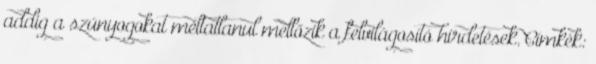
addig a szúnyogokat méltatlanul mellőzik a felvilágosító hirdetések. Címkék: